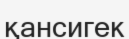
қансигек